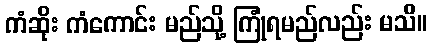
ကံဆိုး ကံကောင်း မည်သို့ ကြုံရမည်လည်း မသိ။